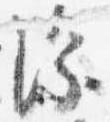
深